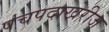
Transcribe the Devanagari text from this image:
पंचपदाखेरीज